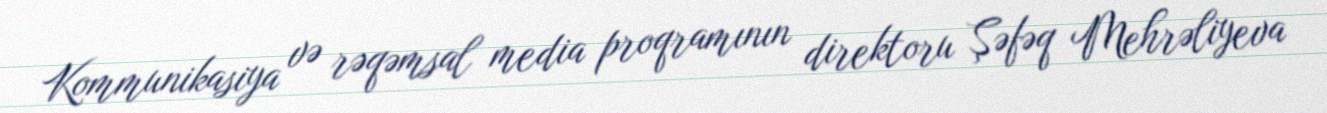
Kommunikasiya və rəqəmsal media proqramının direktoru Şəfəq Mehrəliyeva